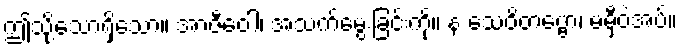
ဤသို့သောရှိသော။ အာဇီဝေါ၊ အသက်မွေးခြင်းကို။ န သေဝိတဗ္ဗော၊ မမှီဝဲအပ်။